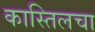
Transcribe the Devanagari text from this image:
कास्तिलचा